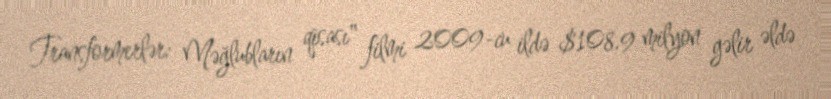
Transformerlər: Məğlubların qisası" filmi 2009-cu ildə $108.9 milyon gəlir əldə